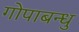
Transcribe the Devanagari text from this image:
गोपाबन्धु